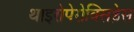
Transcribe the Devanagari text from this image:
थाइरोपेरोक्सिड़ेस